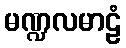
မဏ္ဍလမာဠံ